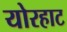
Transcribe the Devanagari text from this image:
योरहाट